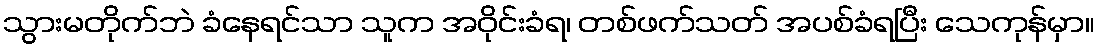
သွားမတိုက်ဘဲ ခံနေရင်သာ သူက အဝိုင်းခံရ၊ တစ်ဖက်သတ် အပစ်ခံရပြီး သေကုန်မှာ။